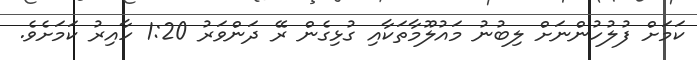
ކަމަށް ފުލުހުންނަށް ލިބުނު މައުލޫމާތަކާއި ގުޅިގެން ރޭ ދަންވަރު 1:20 ހާއިރު ކަމަށެވެ.